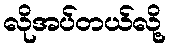
လိုအပ်တယ်လို့